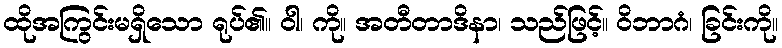
ထိုအကြွင်းမရှိသော ရုပ်၏။ ဝါ၊ ကို။ အတီတာဒိနာ၊ သည်ဖြင့်။ ဝိဘာဂံ၊ ခြင်းကို။